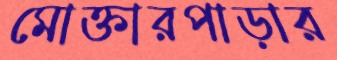
মোক্তারপাড়ার